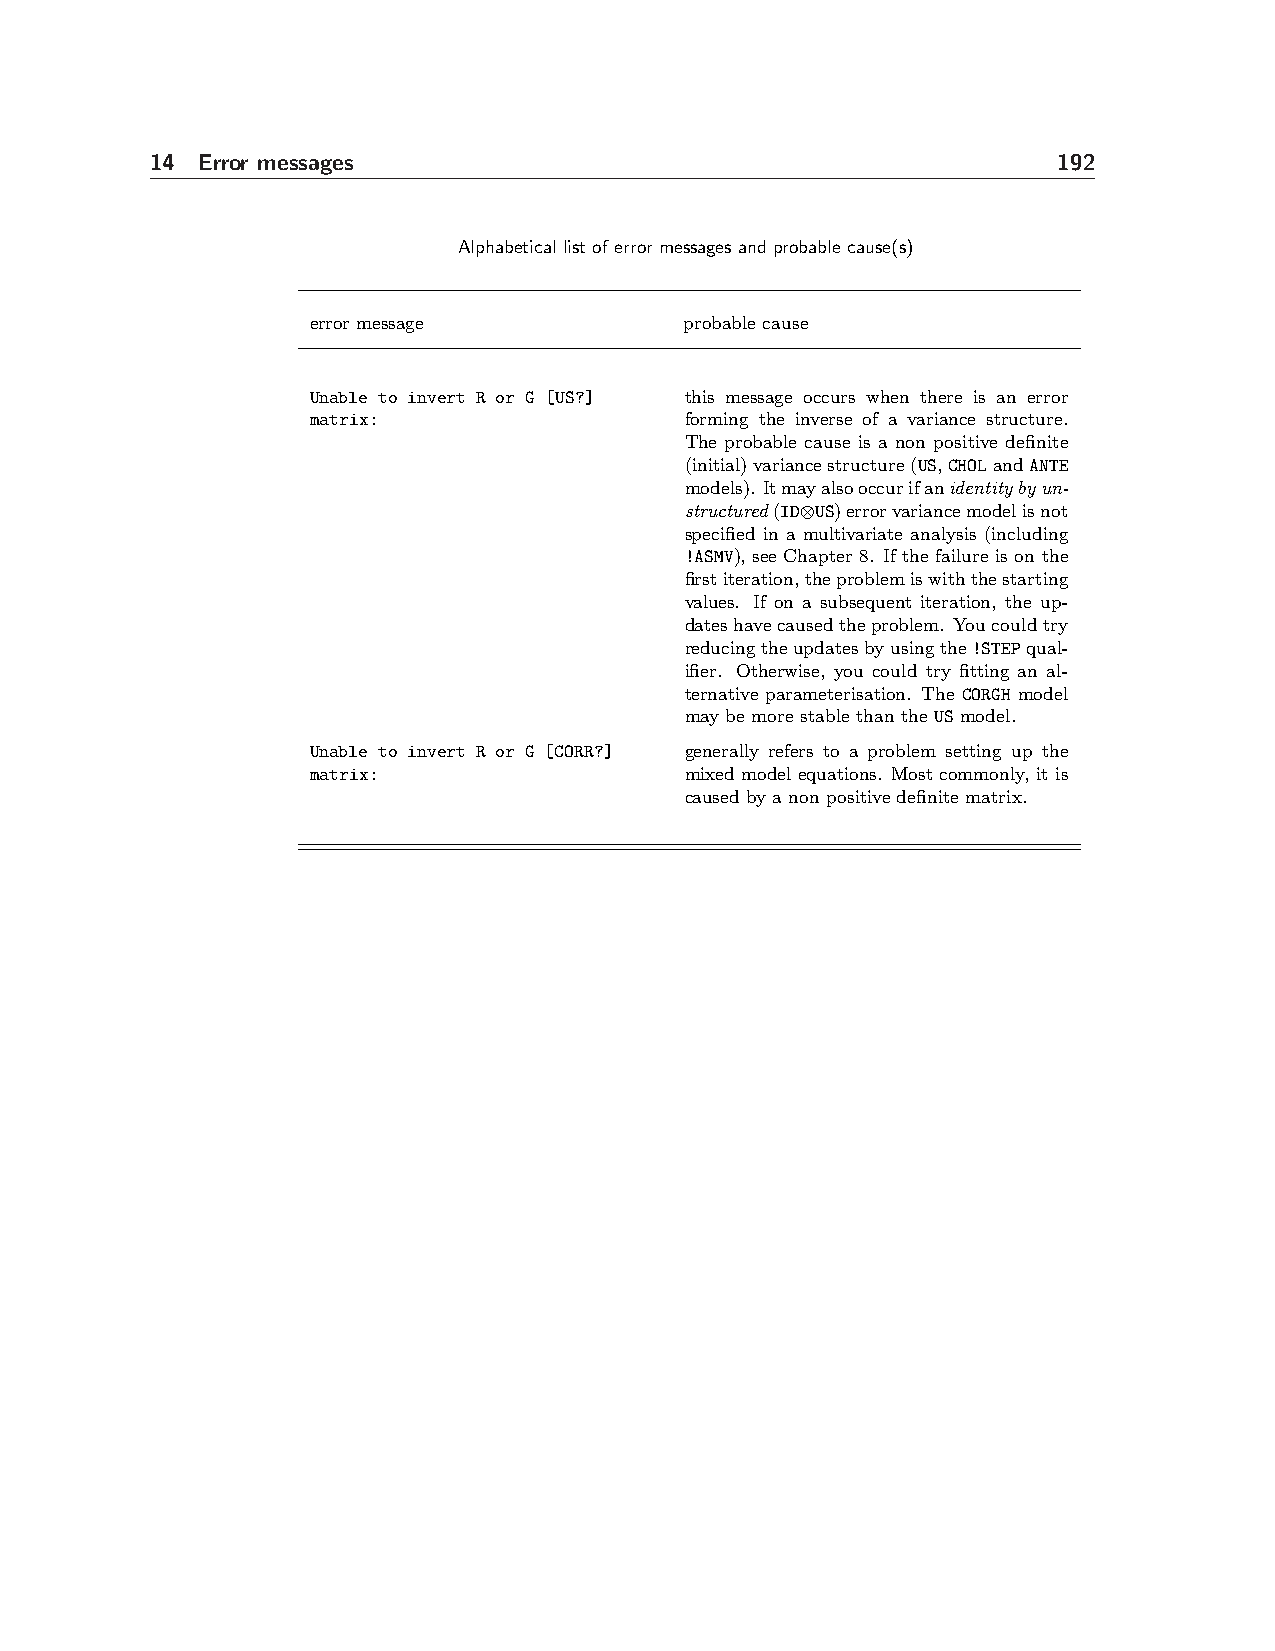
14 Error messages                                           192
 Alphabetical list of error messages and probable cause(s)
 error message           probable cause
 Unable to invert R or G [US?] this message occurs when there is an error
 matrix:                 forming the inverse of a variance structure.
 The probable cause is a non positive definite
 (initial)variancestructure(US,CHOLandANTE
 models). Itmayalsooccurifanidentitybyun-
 structured(ID⊗US)errorvariancemodelisnot
 specified in a multivariate analysis (including
 !ASMV), see Chapter 8. If the failure is on the
 firstiteration,theproblemiswiththestarting
 values. If on a subsequent iteration, the up-
 dateshavecausedtheproblem. Youcouldtry
 reducingtheupdatesbyusingthe!STEPqual-
 ifier. Otherwise, you could try fitting an al-
 ternative parameterisation. The CORGH model
 may be more stable than the US model.
 Unable to invert R or G [CORR?] generally refers to a problem setting up the
 matrix:                 mixed model equations. Most commonly, it is
 caused by a non positive definite matrix.